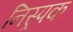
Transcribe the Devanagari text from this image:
निस्र्पक